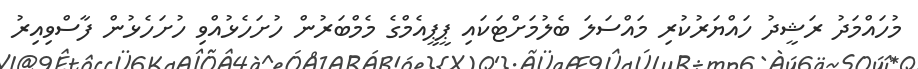
މުހައްމަދު ރަޝީދު ހައްޔަރުކުރި މައްސަލަ ބެލުމަށްޓަކައި ޕީޕީއެމްގެ މެމްބަރުން ހުށަހެޅުއްވި ހުށަހެޅުން ފާސްވިއިރު